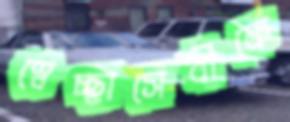
স্বেচ্ছাসেবীকে